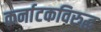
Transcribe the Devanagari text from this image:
कर्नाटकविरुद्ध